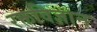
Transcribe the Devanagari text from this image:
रक्तविज्ञान